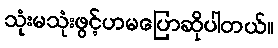
သုံးမသုံးဖွင့်ဟမပြောဆိုပါတယ်။